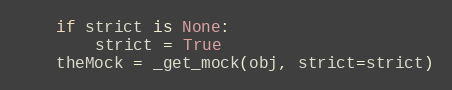
Language: Python
    if strict is None:
        strict = True
    theMock = _get_mock(obj, strict=strict)